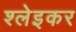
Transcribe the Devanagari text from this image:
श्लेइकर